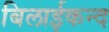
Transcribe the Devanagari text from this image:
बिलाईकन्द